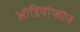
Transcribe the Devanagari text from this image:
ओडियोफोन